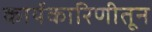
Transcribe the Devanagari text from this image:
कार्यकारिणीतून